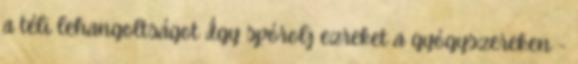
a téli lehangoltságot Így spórolj ezreket a gyógyszereken -